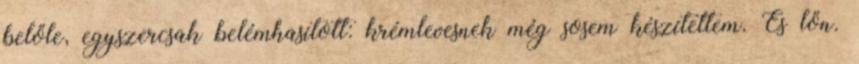
belőle, egyszercsak belémhasított: krémlevesnek még sosem készítettem. És lőn.